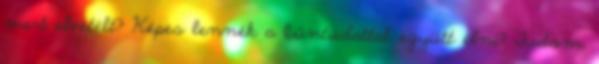
mert elvetélt? Képes lennék a bűntudattal együtt élni? Tudom,